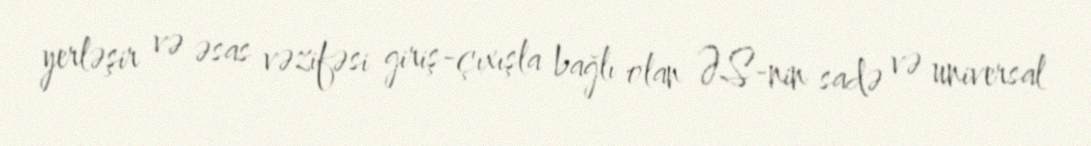
yerləşir və əsas vəzifəsi giriş-çıxışla bağlı olan ƏS-nin sadə və universal